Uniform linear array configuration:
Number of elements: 8
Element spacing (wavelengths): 1
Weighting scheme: binomial
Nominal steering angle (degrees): -45
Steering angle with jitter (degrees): -43.281
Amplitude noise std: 0.05
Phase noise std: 0.05

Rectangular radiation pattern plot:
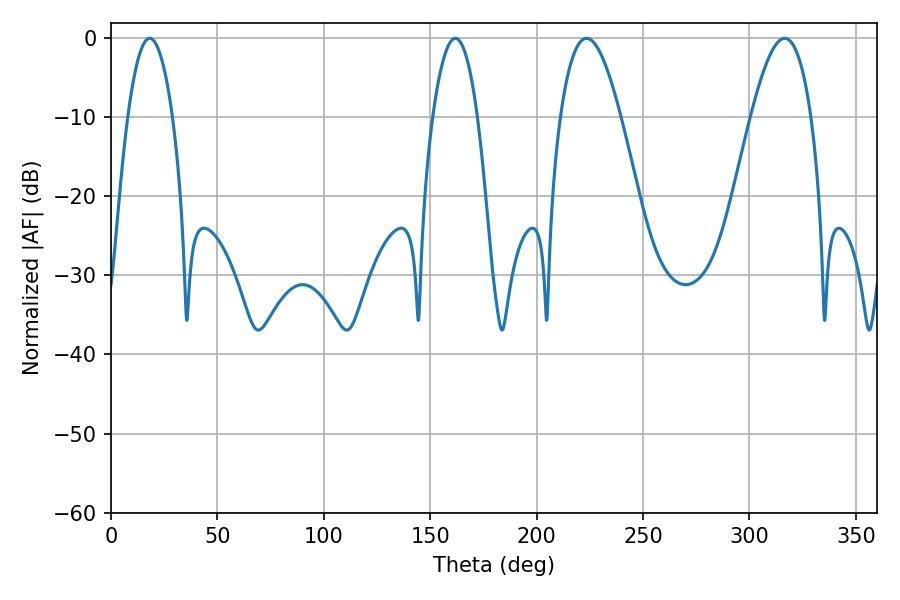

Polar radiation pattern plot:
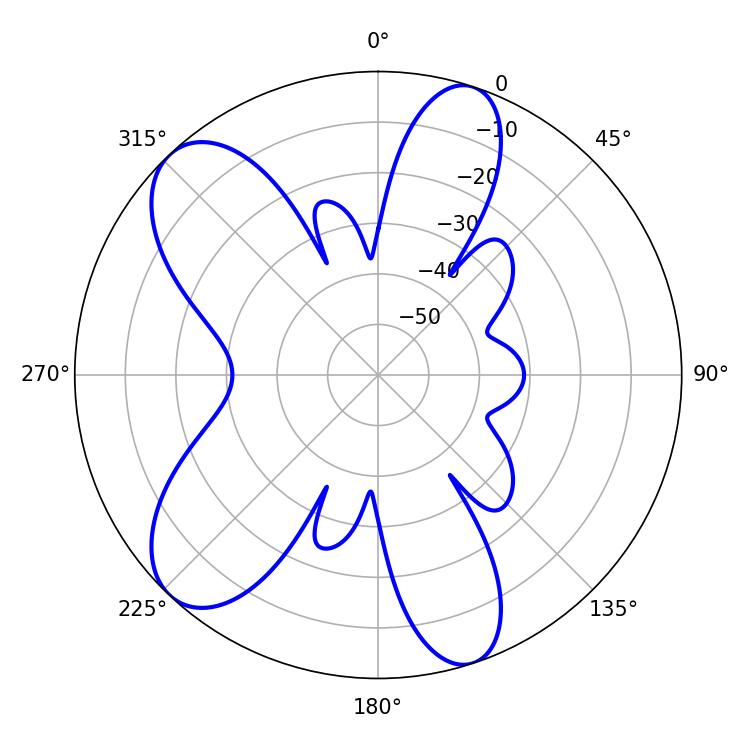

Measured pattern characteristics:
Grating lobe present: TRUE
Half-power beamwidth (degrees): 11.7
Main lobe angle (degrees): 18.18